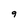
Character: 9